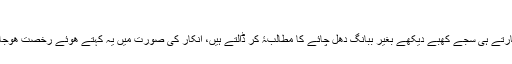
شائ الستة: ارنسٹ ہیمنگوے چائے؛
بعض لوگ شدید عجلت میں وارد ھوتے ہیں اور پدھارتے ہی سجے کھبے دیکھے بغیر ببانگِ دُھل چائے کا مطالبۂ کر ڈالتے ہیں، انکار کی صورت میں یہ کہتے ھوئے رخصت ھوجاتے ہیں کہ چاہ نئیں تے تھوڑا جیا زہر ہی دے دے۔